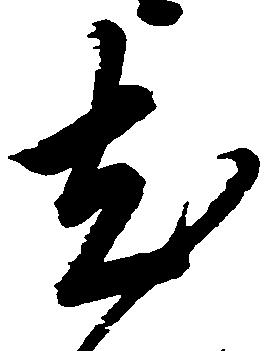
尤